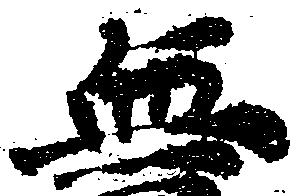
無